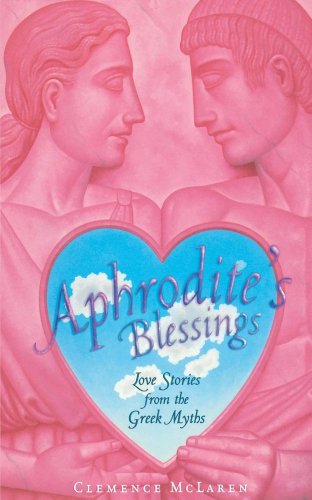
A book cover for Aphrodite's Blessing; Clemence McLaren; Teen & Young Adult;